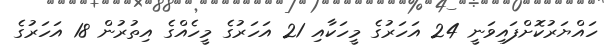
ހައްޔަރުކޮށްފައިވަނީ 24 އަހަރުގެ މީހަކާއި 21 އަހަރުގެ މީހެއްގެ އިތުރުން 18 އަހަރުގެ